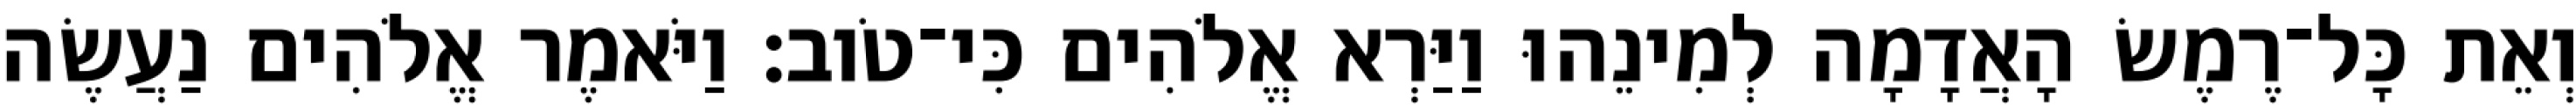
וְאֵת כָּל־רֶמֶשׂ הָאֲדָמָה לְמִינֵהוּ וַיַּרְא אֱלֹהִים כִּי־טֹוב׃ וַיֹּאמֶר אֱלֹהִים נַעֲשֶׂה